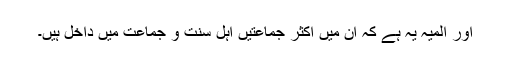
اور المیہ یہ ہے کہ ان میں اکثر جماعتیں اہل سنت و جماعت میں داخل ہیں۔